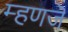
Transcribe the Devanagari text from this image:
म्हणजॆ